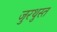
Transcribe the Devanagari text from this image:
जुरथुस्त